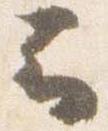
云